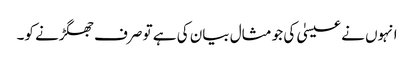
انہوں نے عیسیٰ کی جو مثال بیان کی ہے تو صرف جھگڑنے کو۔